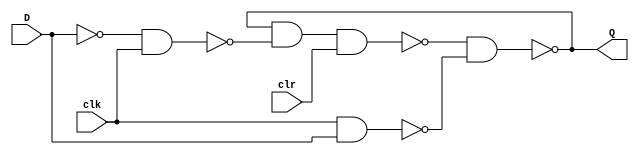
// Copyright (C) 1991-2013 Altera Corporation
// Your use of Altera Corporation's design tools, logic functions 
// and other software and tools, and its AMPP partner logic 
// functions, and any output files from any of the foregoing 
// (including device programming or simulation files), and any 
// associated documentation or information are expressly subject 
// to the terms and conditions of the Altera Program License 
// Subscription Agreement, Altera MegaCore Function License 
// Agreement, or other applicable license agreement, including, 
// without limitation, that your use is for the sole purpose of 
// programming logic devices manufactured by Altera and sold by 
// Altera or its authorized distributors.  Please refer to the 
// applicable agreement for further details.

// PROGRAM		"Quartus II 64-Bit"
// VERSION		"Version 13.0.1 Build 232 06/12/2013 Service Pack 1 SJ Full Version"
// CREATED		"Sun Feb 26 14:59:17 2023"

module dff_Q(
	D,
	clk,
	clr,
	Q
);


input wire	D;
input wire	clk;
input wire	clr;
output wire	Q;

wire	SYNTHESIZED_WIRE_0;
wire	SYNTHESIZED_WIRE_1;
wire	SYNTHESIZED_WIRE_2;
wire	SYNTHESIZED_WIRE_3;
wire	SYNTHESIZED_WIRE_4;

assign	Q = SYNTHESIZED_WIRE_2;



assign	SYNTHESIZED_WIRE_1 = ~(clk & D);

assign	SYNTHESIZED_WIRE_2 = ~(SYNTHESIZED_WIRE_0 & SYNTHESIZED_WIRE_1);

assign	SYNTHESIZED_WIRE_4 =  ~D;

assign	SYNTHESIZED_WIRE_0 = ~(SYNTHESIZED_WIRE_2 & SYNTHESIZED_WIRE_3 & clr);

assign	SYNTHESIZED_WIRE_3 = ~(SYNTHESIZED_WIRE_4 & clk);


endmodule